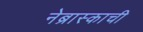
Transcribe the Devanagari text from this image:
नेब्रास्काची